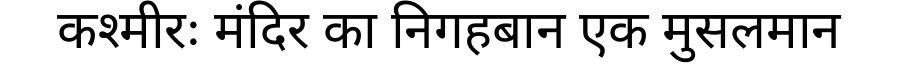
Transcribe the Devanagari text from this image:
कश्मीरः मंदिर का निगहबान एक मुसलमान